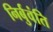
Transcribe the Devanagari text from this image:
निर्बुवंति